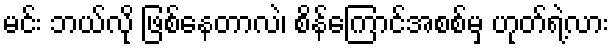
မင်း ဘယ်လို ဖြစ်နေတာလဲ၊ စိန်ကြောင်အစစ်မှ ဟုတ်ရဲ့လား